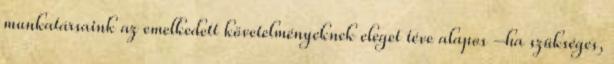
munkatársaink az emelkedett követelményeknek eleget téve alapos –ha szükséges,